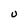
Character: U